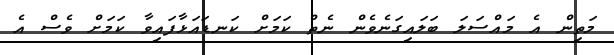
މަތިން އެ މައްސަލަ ބަލައިގަނެވެން ނެތް ކަމަށް ކަނޑައަޅާފައިވާ ކަމަށް ވެސް އެ